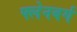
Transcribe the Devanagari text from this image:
फ्लेनबर्ग